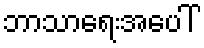
ဘာသာရေးအပေါ်